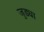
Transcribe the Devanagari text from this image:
जुड्या